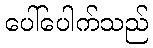
ပေါ်ပေါက်သည်